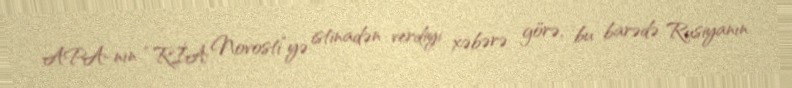
APA-nın “RİA Novosti”yə istinadən verdiyi xəbərə görə, bu barədə Rusiyanın